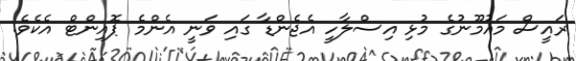
ރައީސް މައުމޫނުގެ މުޅި އިސްލާހީ އެޖެންޑާ ގައި ވަނީ އެންމެ ޕޮއިންޓް އެކެވެ.